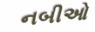
નબીઓ